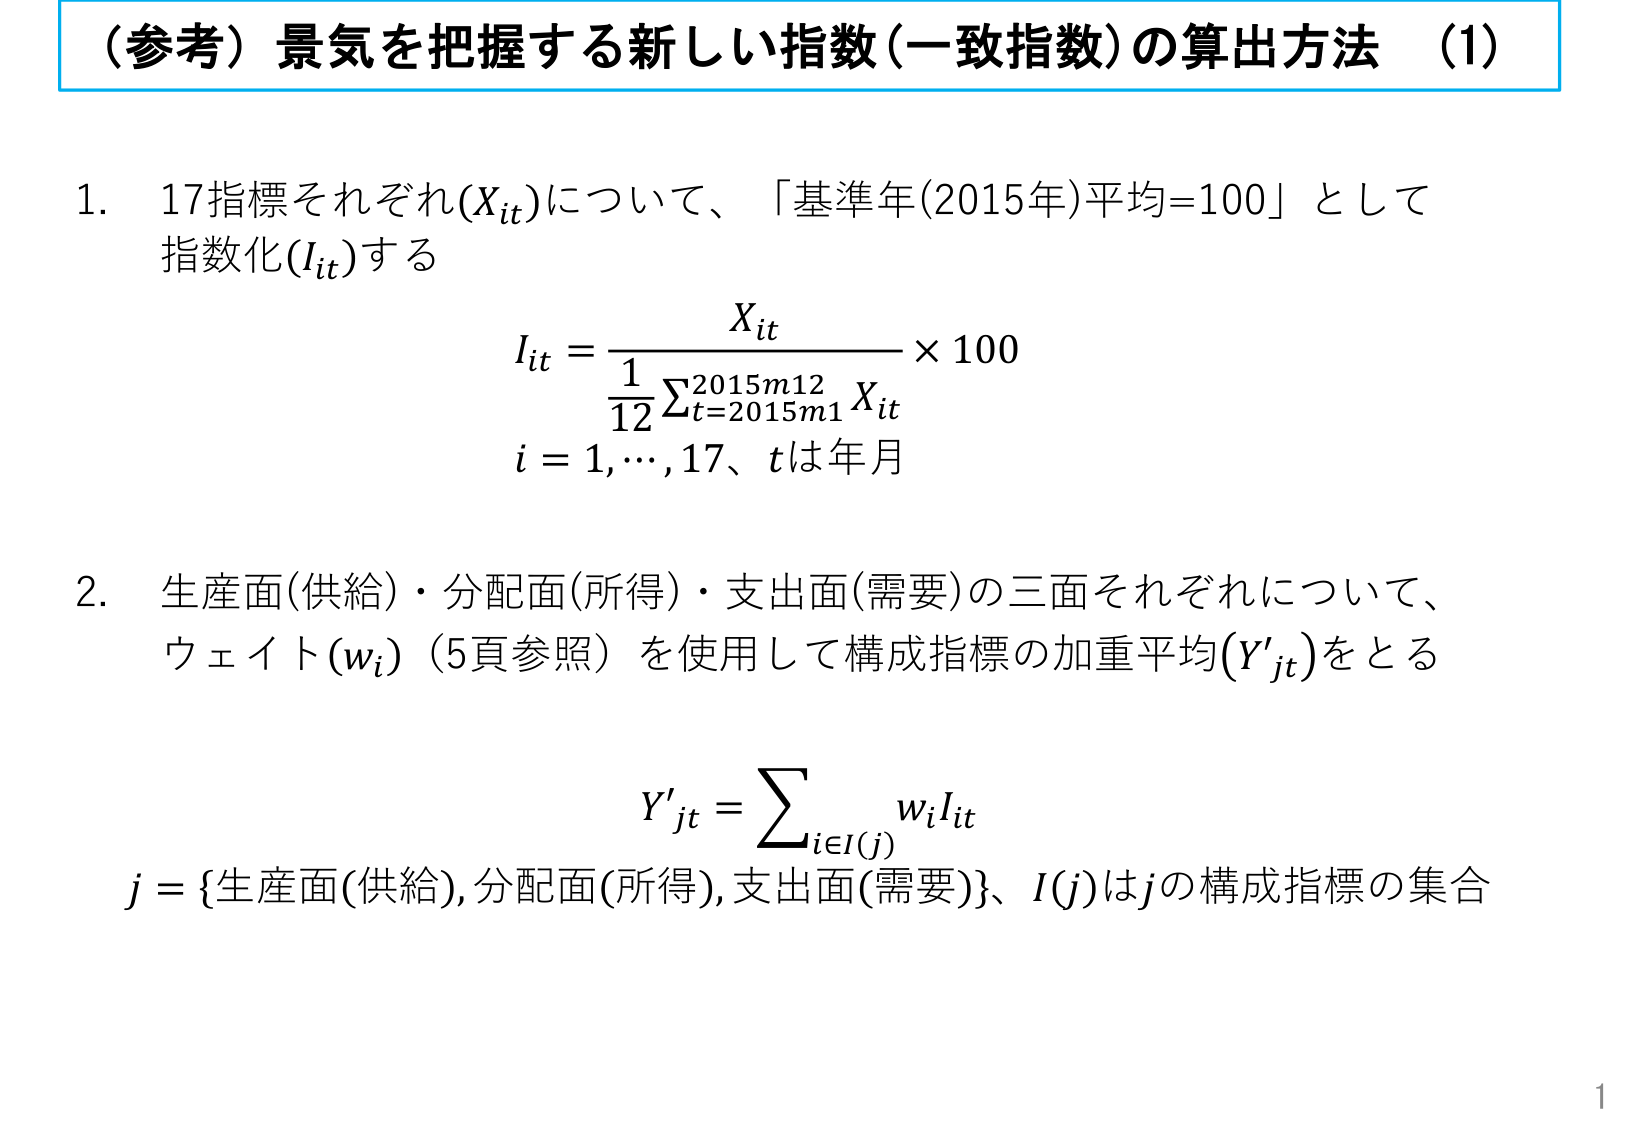
（参考）景気を把握する新しい指数（一致指数）の算出方法 （1）

1. 17指標それぞれ(X_it)について、「基準年(2015年)平均=100」として指数化(I_it)する

I_it = (X_it) / (1/12 Σ_{t=2015m1}^{2015m12} X_it) × 100

i = 1,…,17、tは年月

2. 生産面(供給)・分配面(所得)・支出面(需要)の三面それぞれについて、ウェイト(w_i)（5頁参照）を使用して構成指標の加重平均(Y'_jt)をとる

Y'_jt = Σ_{i∈I(j)} w_i I_it

j = {生産面(供給), 分配面(所得), 支出面(需要)}、I(j)はjの構成指標の集合

1